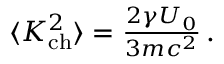
\begin{array} { r } { \langle K _ { \mathrm { c h } } ^ { 2 } \rangle = { \frac { 2 \gamma U _ { 0 } } { 3 m c ^ { 2 } } } \, . } \end{array}